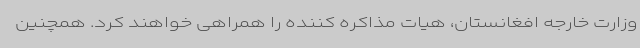
وزارت خارجه افغانستان، هیات مذاکره کننده را همراهی خواهند کرد. همچنین